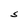
Character: S